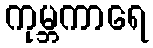
ကုမ္ဘကာရေ